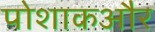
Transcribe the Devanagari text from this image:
पोशाकऔर